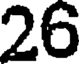
26